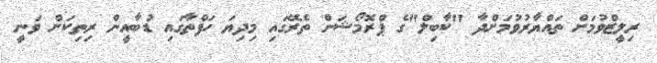
ރިލީޒްވުމަށް ތައްޔާރުވުމަށްދާ "ކާބިލް"ގެ ޕްރޮމޯޝަން ތެރޭގައި މިދިޔަ ހަފްތާގައި ޑުބާއީން ރިތިކަށް ވަނީ